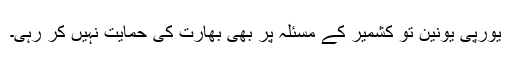
یورپی یونین تو کشمیر کے مسئلہ پر بھی بھارت کی حمایت نہیں کر رہی۔